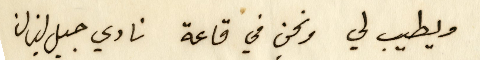
ويطيب لي ونحن في قاعة نادي جبل لبنان